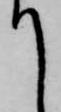
て